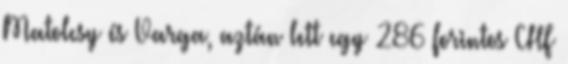
Matolcsy és Varga, aztán lett egy 286 forintos CHF